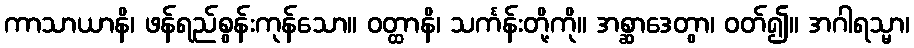
ကာသာယာနိ၊ ဖန်ရည်စွန်းကုန်သော။ ဝတ္ထာနိ၊ သင်္ကန်းတို့ကို။ အစ္ဆာဒေတွာ၊ ဝတ်၍။ အဂါရသ္မာ၊